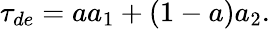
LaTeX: \tau_{de}=aa_{1}+(1-a)a_{2}.